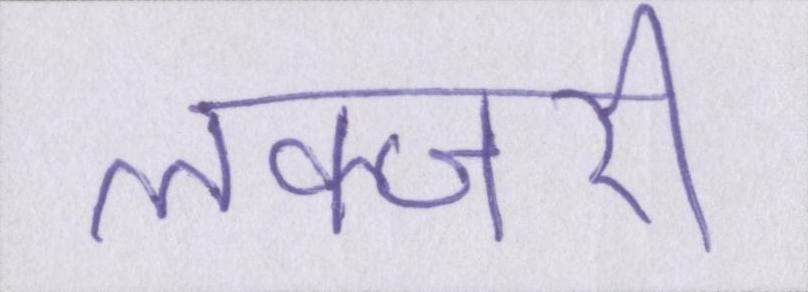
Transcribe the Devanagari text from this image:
लक्जरी